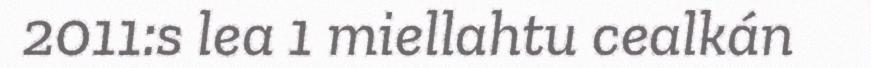
2011:s lea 1 miellahtu cealkán